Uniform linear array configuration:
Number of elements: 24
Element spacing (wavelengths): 0.25
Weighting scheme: binomial
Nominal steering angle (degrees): -45
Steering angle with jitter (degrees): -46.821
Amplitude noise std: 0.05
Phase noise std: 0.05

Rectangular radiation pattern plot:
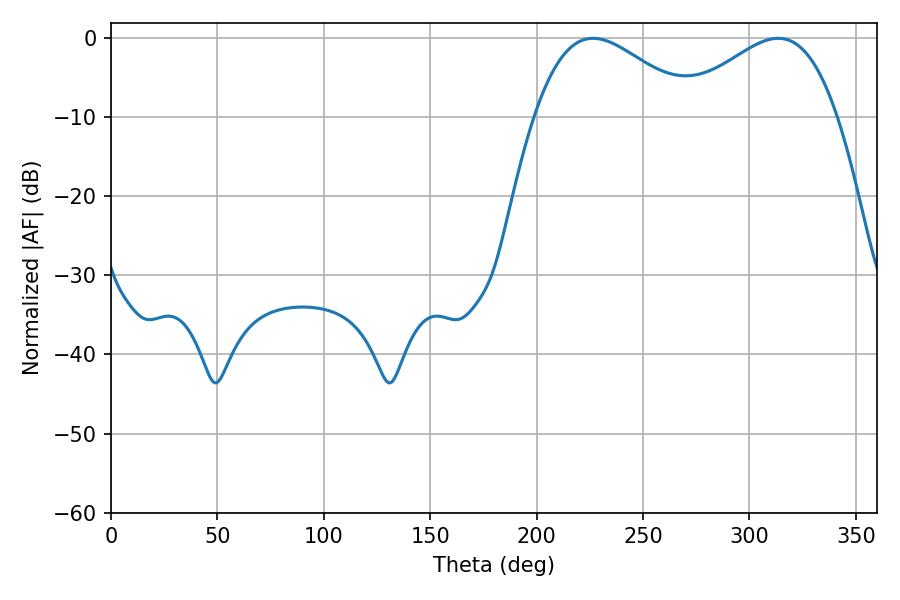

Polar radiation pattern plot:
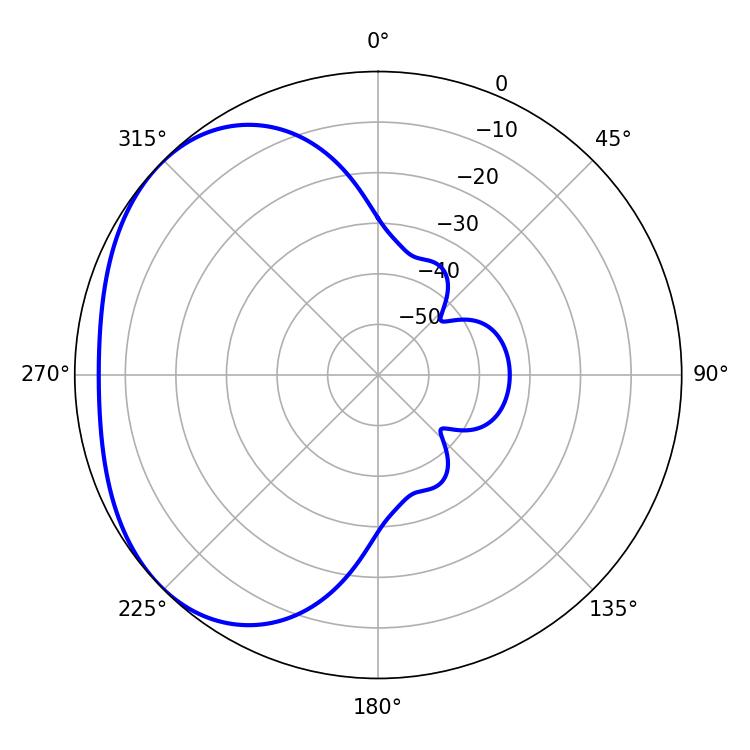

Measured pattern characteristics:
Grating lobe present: FALSE
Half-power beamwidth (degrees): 40.5
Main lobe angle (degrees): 226.44